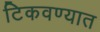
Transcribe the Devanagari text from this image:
टिकवण्यात